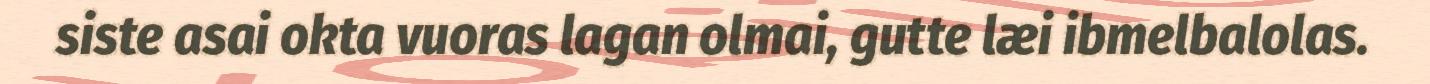
siste asai okta vuoras lagan olmai, gutte læi ibmelbalolas.